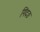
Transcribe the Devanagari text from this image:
गिंदङ